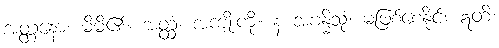
အတ္တနော၊ မိမိ၏။ အတ္ထံ၊ အကျိုးကို။ န အဗန္ဓိသုံ၊ မဖြစ်စေနိုင်။ ဣတိ၊